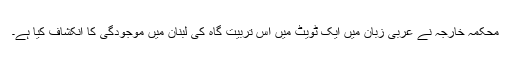
محکمہ خارجہ نے عربی زبان میں ایک ٹویٹ میں اس تربیت گاہ کی لبنان میں موجودگی کا انکشاف کیا ہے۔